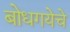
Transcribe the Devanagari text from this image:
बोधगयेचे